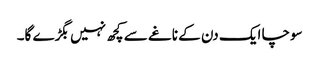
سوچا ایک دن کے ناغے سے کچھ نہیں بگڑے گا۔